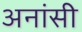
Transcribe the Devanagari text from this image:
अनांसी